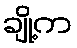
ချို့က